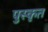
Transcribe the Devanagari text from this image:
पुस्कृत